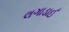
લગાડાઈ